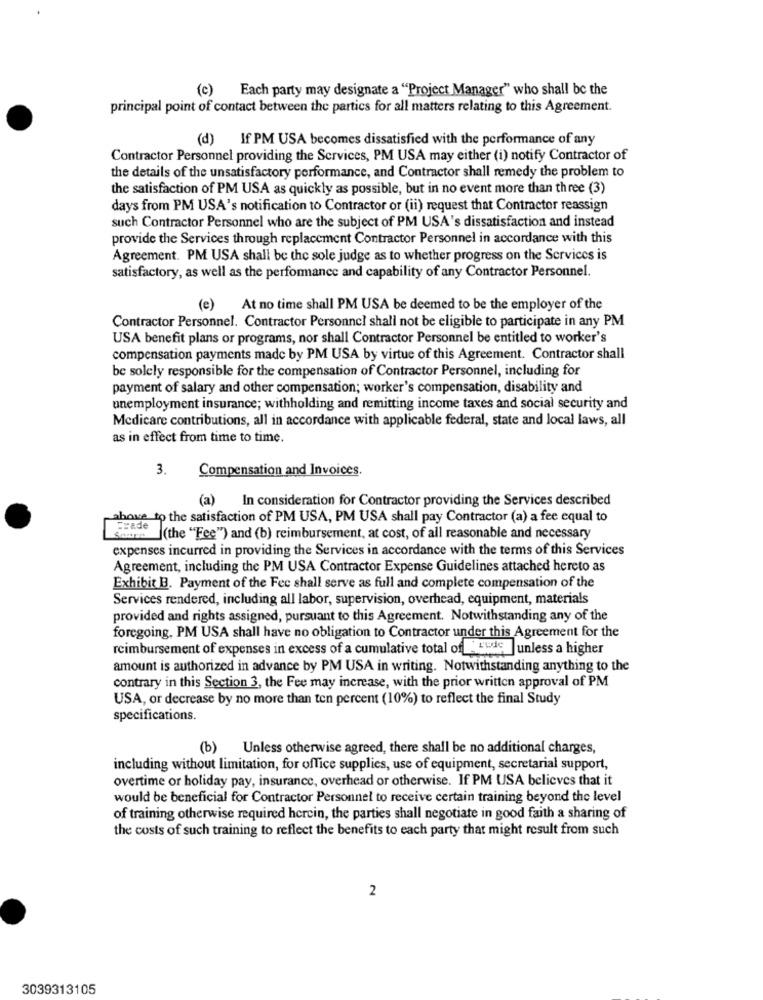
(c) Each party may designate a "Project Manager" who shall be the
principal point of contact between the partics for all matters relating to this Agreement.
(d) If PM USA becomes dissatisfied with the performance of any
Contractor Personnel providing the Services, PM USA may either (i) notify Contractor of
the details of the unsatisfactory performance, and Contractor shall remedy the problem to
the satisfaction of PM USA as quickly as possible, but in no event more than three (3)
days from PM USA's notification to Contractor or (ii) request that Contractor reassign
such Contractor Personnel who are the subject of PM USA's dissatisfaction and instead
provide the Services through replacement Contractor Personnel in accordance with this
Agreement. PM USA shall be the sole judge as to whether progress on the Services is
satisfactory, as well as the performance and capability of any Contractor Personnel.
(e) At no time shall PM USA be deemed to be the employer of the
Contractor Personnel. Contractor Personnel shall not be eligible to participate in any PM
USA benefit plans or programs, nor shall Contractor Personnel be entitled to worker's
compensation payments made by PM USA by virtue of this Agreement. Contractor shall
be solely responsible for the compensation of Contractor Personnel, including for
payment of salary and other compensation; worker's compensation, disability and
unemployment insurance; withholding and remitting income taxes and social security and
Medicare contributions, all in accordance with applicable federal, state and local laws, all
as in effect from time to time.
Compensation and Invoices.
3.
(a)
In consideration for Contractor providing the Services described
above to the satisfaction of PM USA, PM USA shall pay Contractor (a) a fee equal to
Frade
Sowas (the "Fee") and (b) reimbursement, at cost, of all reasonable and necessary
expenses incurred in providing the Services in accordance with the terms of this Services
Agreement, including the PM USA Contractor Expense Guidelines attached hereto as
Exhibit B. Payment of the Fec shall serve as full and complete compensation of the
Services rendered, including all labor, supervision, overhead, equipment, materials
provided and rights assigned, pursuant to this Agreement. Notwithstanding any of the
foregoing, PM USA shall have no obligation to Contractor under this Agreement for the
reimbursement of expenses in excess of a cumulative total of - Lud6
rede ]unless a higher
amount is authorized in advance by PM USA in writing. Notwithstanding anything to the
contrary in this Section 3, the Fee may increase, with the prior written approval of PM
USA, or decrease by no more than ten percent (10%) to reflect the final Study
specifications.
(b) Unless otherwise agreed, there shall be no additional charges,
including without limitation, for office supplies, use of equipment, secretarial support,
overtime or holiday pay, insurance, overhead or otherwise. If PM USA believes that it
would be beneficial for Contractor Personnel to receive certain training beyond the level
of training otherwise required herein, the parties shall negotiate in good faith a sharing of
the costs of such training to reflect the benefits to each party that might result from such
2
3039313105